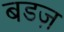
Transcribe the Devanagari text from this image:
बडज़